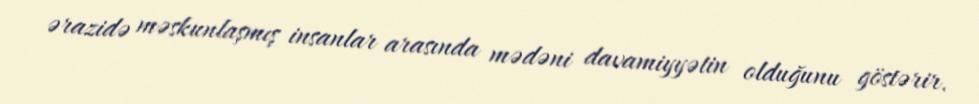
ərazidə məskunlaşmış insanlar arasında mədəni davamiyyətin olduğunu göstərir.